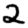
Digit: 2